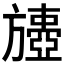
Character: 𣄟